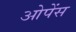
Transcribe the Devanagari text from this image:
ओपेंस